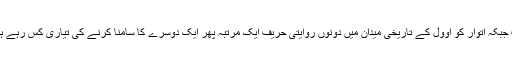
اب جبکہ اتوار کو اوول کے تاریخی میدان میں دونوں روایتی حریف ایک مرتبہ پھر ایک دوسرے کا سامنا کرنے کی تیاری کس رہے ہیں۔